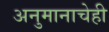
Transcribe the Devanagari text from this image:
अनुमानाचेही